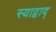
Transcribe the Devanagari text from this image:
स्याद्वाद्